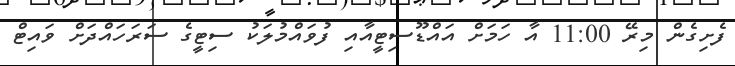
ފެށިގެން މިރޭ 11:00 އާ ހަަމަށް އައްޑޫސިޓީއާއި ފުވައްމުލަކު ސިޓީގެ ސަރަހައްދަށް ވައިޓް